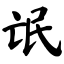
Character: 氓